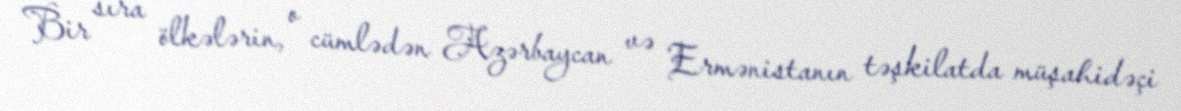
Bir sıra ölkələrin, o cümlədən Azərbaycan və Ermənistanın təşkilatda müşahidəçi